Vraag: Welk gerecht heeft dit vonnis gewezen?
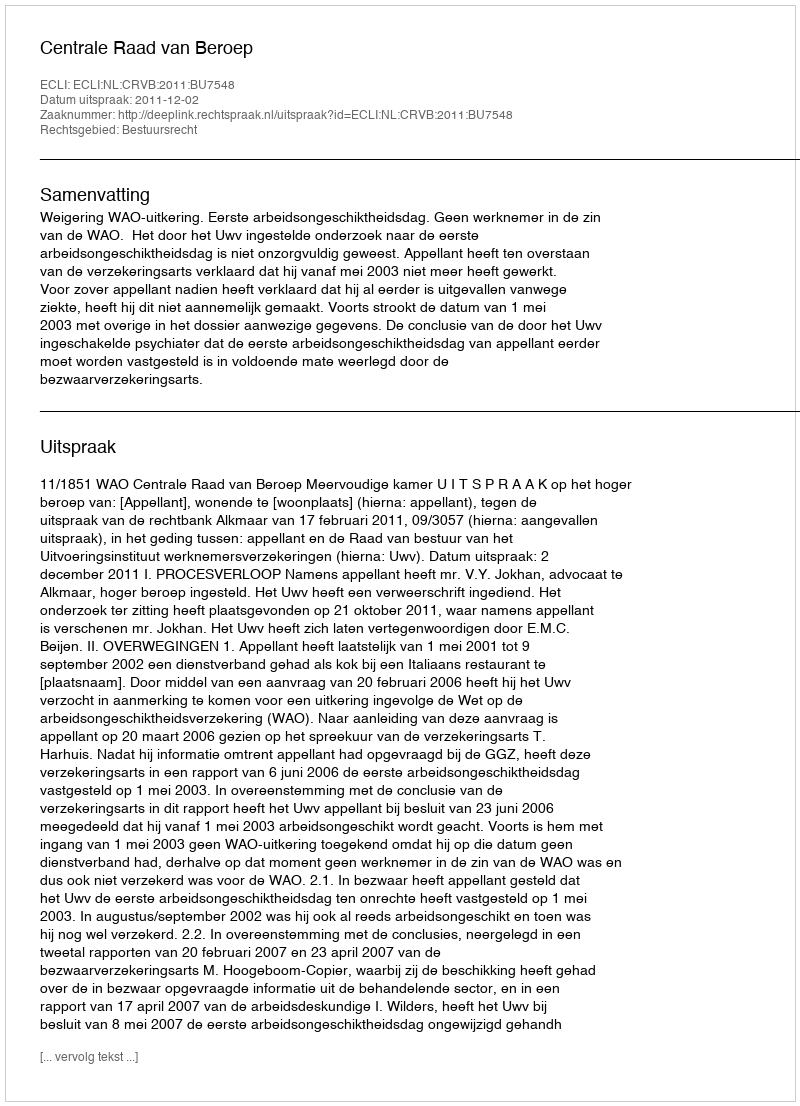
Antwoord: Centrale Raad van Beroep